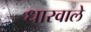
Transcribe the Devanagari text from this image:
धारवाले